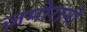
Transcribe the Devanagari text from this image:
ज़मोरानो